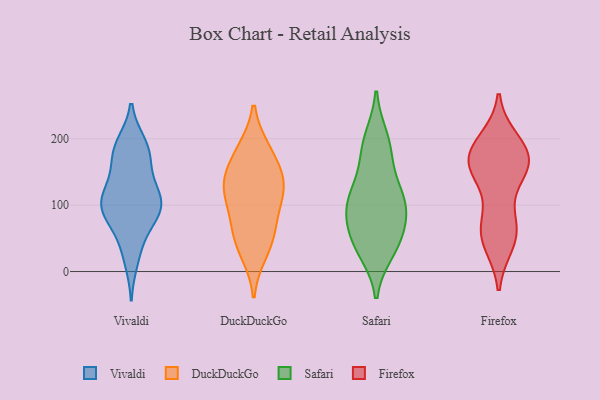
{"axis": {"x": "Page Views", "y": "Value"}, "legend": ["DuckDuckGo", "Firefox", "Safari", "Vivaldi"], "data": [{"x": "", "y": 101, "type": "Vivaldi"}, {"x": "", "y": 184, "type": "Vivaldi"}, {"x": "", "y": 131, "type": "Vivaldi"}, {"x": "", "y": 173, "type": "Vivaldi"}, {"x": "", "y": 112, "type": "Vivaldi"}, {"x": "", "y": 123, "type": "Vivaldi"}, {"x": "", "y": 100, "type": "Vivaldi"}, {"x": "", "y": 167, "type": "Vivaldi"}, {"x": "", "y": 90, "type": "Vivaldi"}, {"x": "", "y": 18, "type": "Vivaldi"}, {"x": "", "y": 103, "type": "Vivaldi"}, {"x": "", "y": 83, "type": "Vivaldi"}, {"x": "", "y": 71, "type": "Vivaldi"}, {"x": "", "y": 191, "type": "Vivaldi"}, {"x": "", "y": 186, "type": "Vivaldi"}, {"x": "", "y": 37, "type": "Vivaldi"}, {"x": "", "y": 99, "type": "Vivaldi"}, {"x": "", "y": 116, "type": "DuckDuckGo"}, {"x": "", "y": 79, "type": "DuckDuckGo"}, {"x": "", "y": 29, "type": "DuckDuckGo"}, {"x": "", "y": 120, "type": "DuckDuckGo"}, {"x": "", "y": 182, "type": "DuckDuckGo"}, {"x": "", "y": 140, "type": "DuckDuckGo"}, {"x": "", "y": 124, "type": "DuckDuckGo"}, {"x": "", "y": 46, "type": "DuckDuckGo"}, {"x": "", "y": 181, "type": "DuckDuckGo"}, {"x": "", "y": 146, "type": "DuckDuckGo"}, {"x": "", "y": 63, "type": "DuckDuckGo"}, {"x": "", "y": 76, "type": "Safari"}, {"x": "", "y": 103, "type": "Safari"}, {"x": "", "y": 106, "type": "Safari"}, {"x": "", "y": 107, "type": "Safari"}, {"x": "", "y": 45, "type": "Safari"}, {"x": "", "y": 38, "type": "Safari"}, {"x": "", "y": 200, "type": "Safari"}, {"x": "", "y": 128, "type": "Safari"}, {"x": "", "y": 99, "type": "Safari"}, {"x": "", "y": 189, "type": "Safari"}, {"x": "", "y": 59, "type": "Safari"}, {"x": "", "y": 172, "type": "Safari"}, {"x": "", "y": 31, "type": "Safari"}, {"x": "", "y": 147, "type": "Firefox"}, {"x": "", "y": 158, "type": "Firefox"}, {"x": "", "y": 182, "type": "Firefox"}, {"x": "", "y": 43, "type": "Firefox"}, {"x": "", "y": 155, "type": "Firefox"}, {"x": "", "y": 63, "type": "Firefox"}, {"x": "", "y": 196, "type": "Firefox"}, {"x": "", "y": 47, "type": "Firefox"}, {"x": "", "y": 75, "type": "Firefox"}, {"x": "", "y": 67, "type": "Firefox"}, {"x": "", "y": 186, "type": "Firefox"}, {"x": "", "y": 156, "type": "Firefox"}, {"x": "", "y": 179, "type": "Firefox"}, {"x": "", "y": 162, "type": "Firefox"}]}